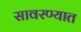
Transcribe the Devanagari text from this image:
सावरण्यात